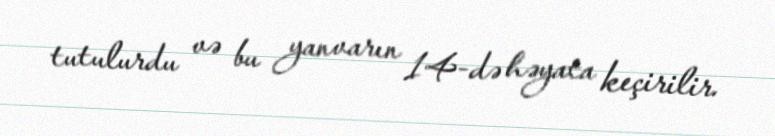
tutulurdu və bu yanvarın 14-də həyata keçirilir.